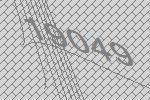
19049